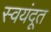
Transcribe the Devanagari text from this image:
स्वयंदूत